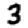
Digit: 3